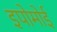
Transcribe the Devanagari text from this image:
इपोमोई